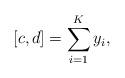
LaTeX: \begin{align*}[c,d]=\sum_{i=1}^K y_i,\end{align*}